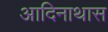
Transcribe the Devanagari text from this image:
आदिनाथास